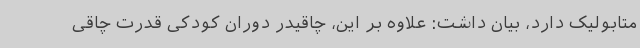
متابولیک دارد، بیان داشت: علاوه بر این، چاقیدر دوران کودکی قدرت چاقی